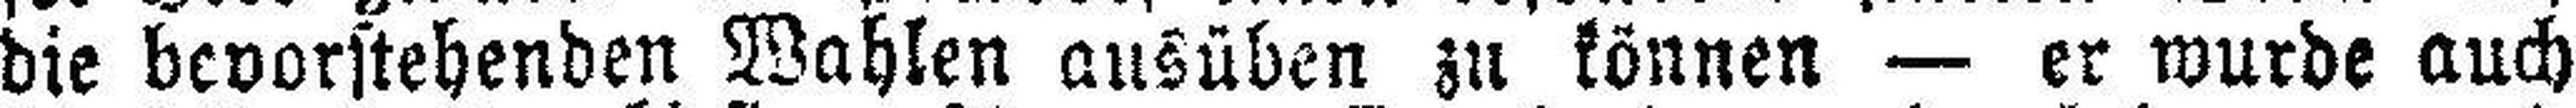
die bevorstehenden Wahlen ausüben zu können — er wurde auch